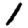
Digit: 1